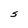
Character: s